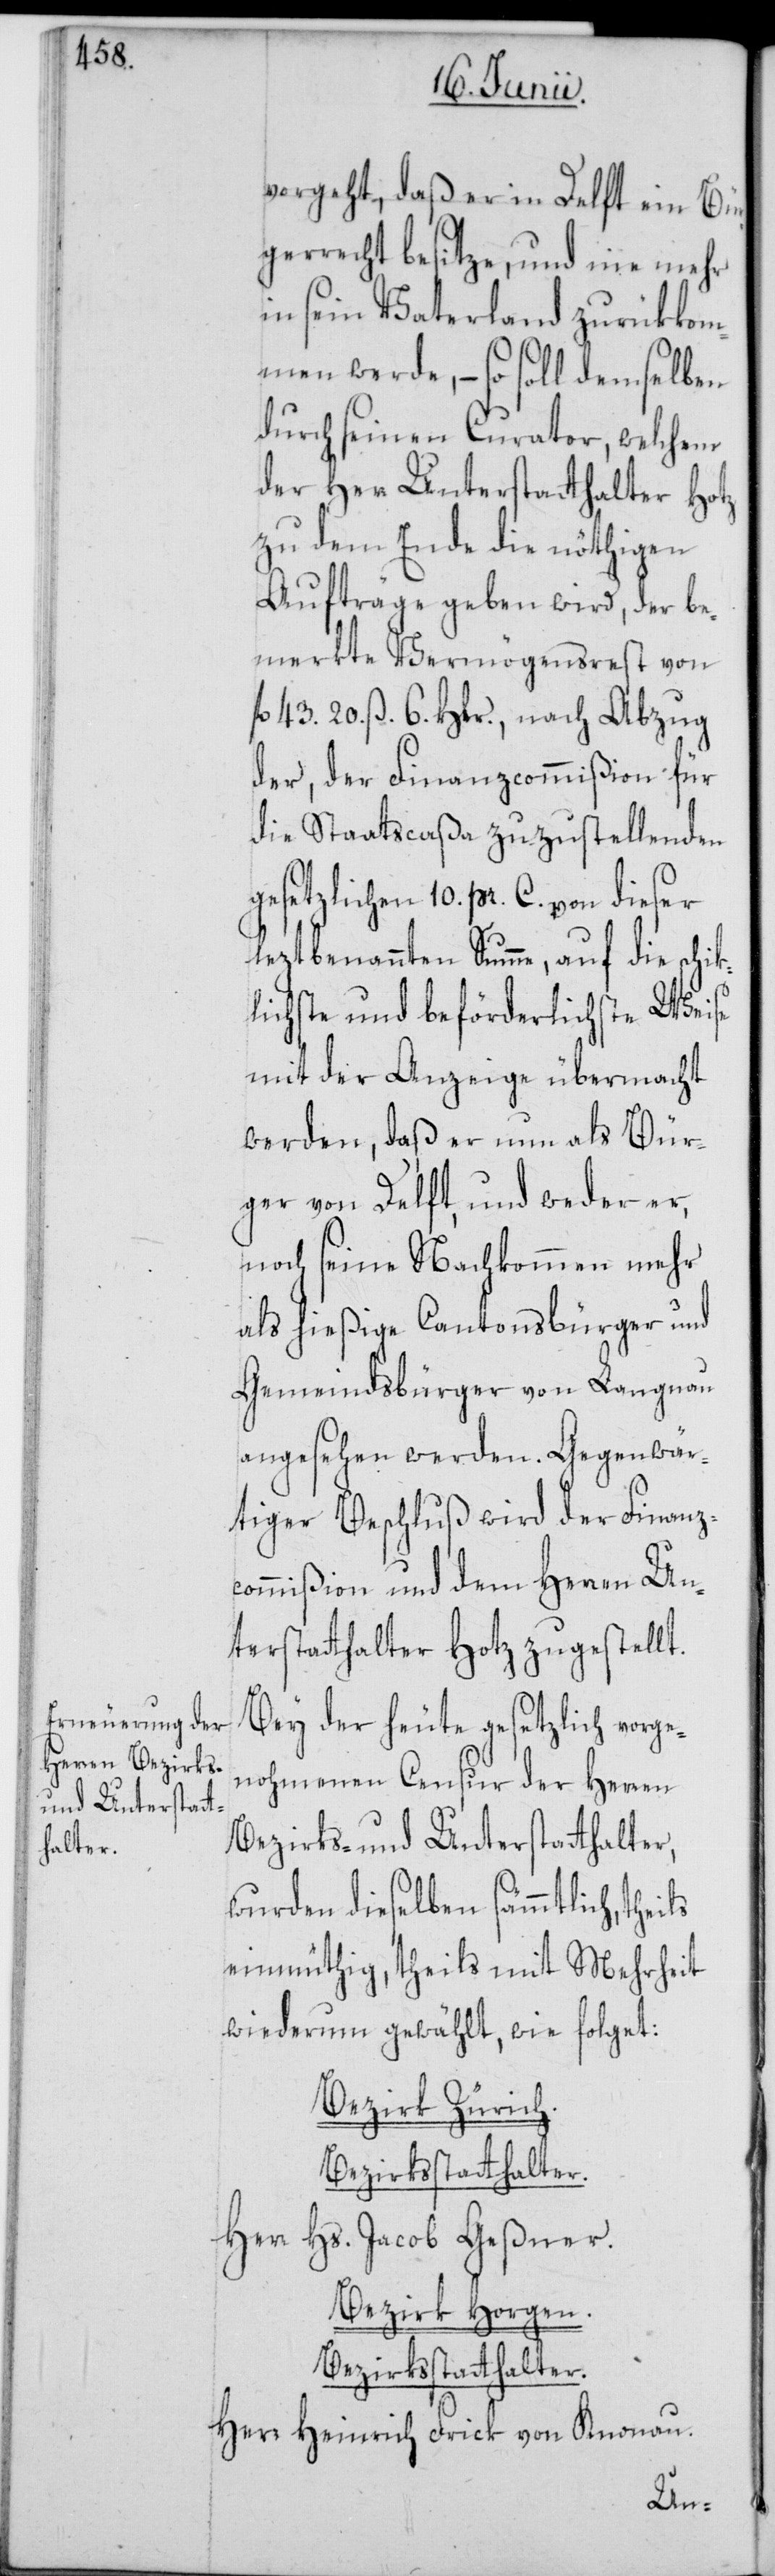
vorgeht, daß er in Delft ein Bür¬
gerrecht besitze, und nie mehr
in sein Vaterland zurükkom¬
men werde, – so soll demselben
durch seinen Curator, welchem
der Herr Unterstatthalter Hotz
zu dem Ende die nöthigen
Aufträge geben wird, der be¬
merkte Vermögensrest von
fl. 43. 20. ß. 6. Hlr., nach Abzug
der, der Finanzcommißion für
die Staatscaßa zuzustellenden
gesetzlichen 10. pr. C. von dieser
leztbenannten Summe, auf die schik¬
lichste und beförderlichste Weise
mit der Anzeige übermacht
werden, daß er nun als Bür¬
ger von Delft, und weder er,
noch seine Nachkommen mehr
als hießige Cantonsbürger und
Gemeindsbürger von Langnau
angesehen werden. Gegenwär¬
tiger Beschluß wird der Finanz¬
commißion und dem Herren Un¬
terstatthalter Hotz zugestellt.
Bey der heute gesetzlich vorge¬
nohmenen Censur der Herren
Bezirks- und Unterstatthalter,
wurden dieselben sämmtlich, theils
einmüthig, theils mit Mehrheit
wiederum gewählt, wie folget:
Bezirk Zürich.
Bezirksstatthalter.
Herr Hs. Jacob Geßner.
Bezirk Horgen.
Herr Heinrich Frick von Knonau.